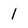
Character: 1